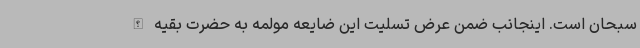
سبحان است. اینجانب ضمن عرض تسلیت این ضایعه مولمه به حضرت بقیه الله